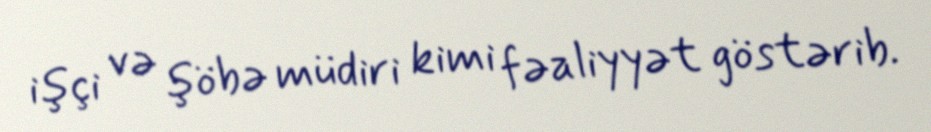
işçi və şöbə müdiri kimi fəaliyyət göstərib.